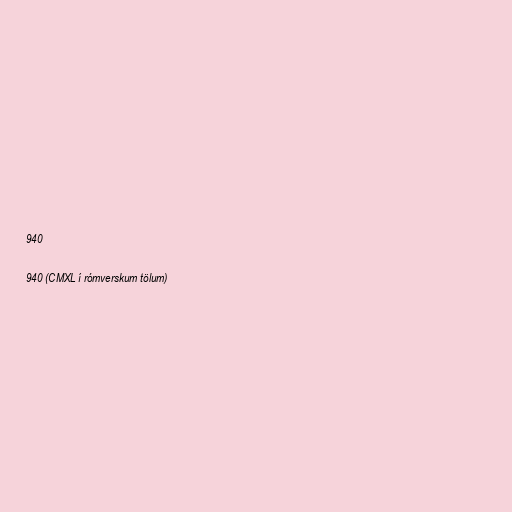
940

940 (CMXL í rómverskum tölum)